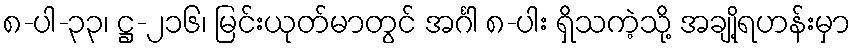
၈-ပါ-၃၃၊ ဋ္ဌ-၂၁၆၊ မြင်းယုတ်မာတွင် အင်္ဂါ ၈-ပါး ရှိသကဲ့သို့ အချို့ရဟန်းမှာ